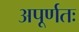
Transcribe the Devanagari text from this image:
अपूर्णतः